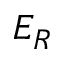
E _ { R }